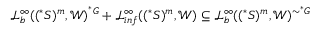
\ensuremath { \mathcal { L } } _ { b } ^ { \infty } ( ( ^ { * } S ) ^ { m } , \ensuremath { \mathcal { W } } ) ^ { ^ { * } G } + \ensuremath { \mathcal { L } } _ { i n f } ^ { \infty } ( ( ^ { * } S ) ^ { m } , \ensuremath { \mathcal { W } } ) \subseteq \ensuremath { \mathcal { L } } _ { b } ^ { \infty } ( ( ^ { * } S ) ^ { m } , \ensuremath { \mathcal { W } } ) ^ { \sim ^ { * } G }